Problem: 5 × 6 = ?
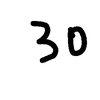
Handwritten answer: 30